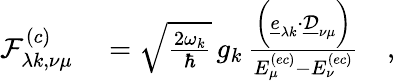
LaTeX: \begin{array}{rl}{\mathcal{F}_{\lambda k,\nu\mu}^{(c)}}&{{}=\sqrt{\frac{2\omega_{k}}{\hbar}}\, g_{k}\, \frac{\biggl(\underline{{e}}_{\lambda k}\cdot\underline{{\mathcal{D}}}_{\nu\mu}\biggr)}{E_{\mu}^{(ec)}-E_{\nu}^{(ec)}}\quad,}\end{array}